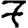
Digit: 7